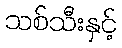
သစ်သီးနှင့်